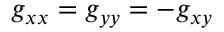
g _ { x x } = g _ { y y } = - g _ { x y }